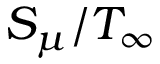
S _ { \mu } / T _ { \infty }